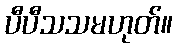
ပီပီသသမဟုတ်။